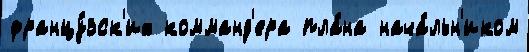
францу́зск'их комманд'ера пла́на нача́льн'иком